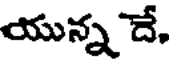
యున్న దే.